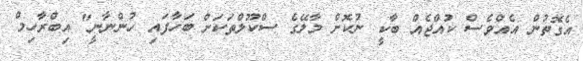
އެގޮތުން އެއްވެސް ކުއްޖެއް ބާކީ ނުކޮށް މާލޭގެ ސްކޫލްތަކަށް ބަހާފައި ހުންނާނީ" އިބްރާހިމް